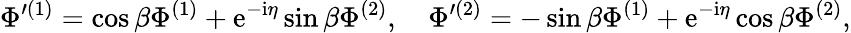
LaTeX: {\Phi}^{\prime(1)}=\cos\beta{\Phi}^{(1)}+\mathrm{{e}}^{-{\mathrm{i}}{\eta}}\sin\beta{\Phi}^{(2)},\quad{\Phi}^{\prime(2)}=-\sin\beta{\Phi}^{(1)}+\mathrm{{e}}^{-{\mathrm{i}}{\eta}}\cos\beta{\Phi}^{(2)},